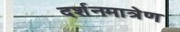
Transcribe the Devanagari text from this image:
दर्शनमात्रेण